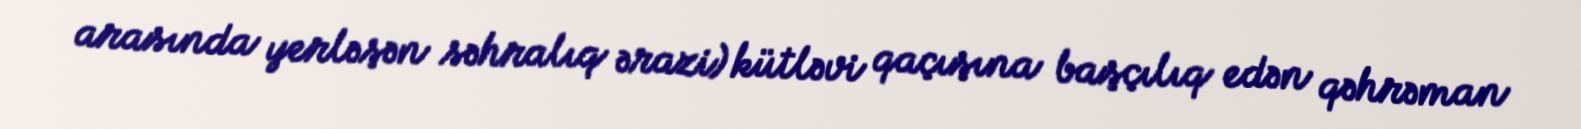
arasında yerləşən səhralıq ərazi) kütləvi qaçışına başçılıq edən qəhrəman